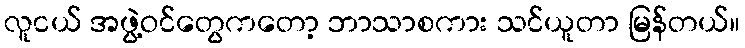
လူငယ် အဖွဲ့ဝင်တွေကတော့ ဘာသာစကား သင်ယူတာ မြန်တယ်။